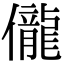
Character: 儱